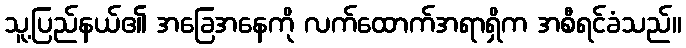
သူ့ပြည်နယ်၏ အခြေအနေကို လက်ထောက်အရာရှိက အစီရင်ခံသည်။